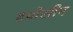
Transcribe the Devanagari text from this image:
हयोसीन